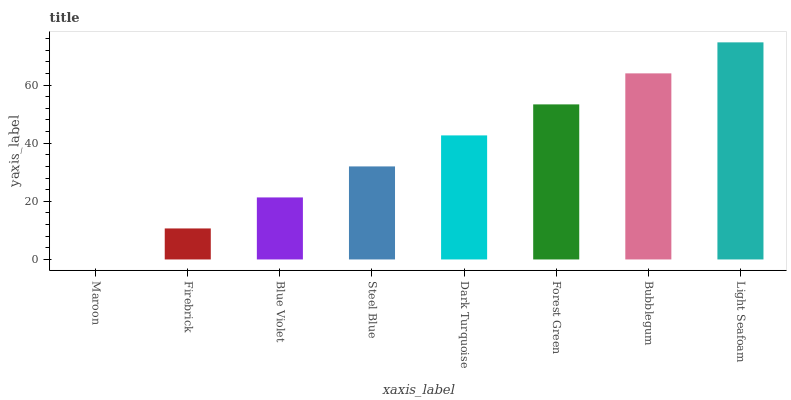
| xaxis_label | bars |
 | --- | --- |
 | Maroon | 0 |
 | Firebrick | 10.7 |
 | Blue Violet | 21.3 |
 | Steel Blue | 32 |
 | Dark Turquoise | 42.7 |
 | Forest Green | 53.4 |
 | Bubblegum | 64 |
 | Light Seafoam | 74.7 |